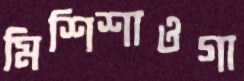
মিশিশাওগা